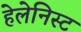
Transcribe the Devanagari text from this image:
हेलेनिस्ट